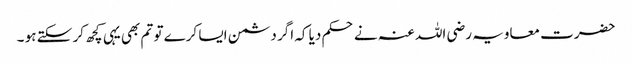
حضرت معاویہ رضی اللہ عنہ نے حکم دیا کہ اگر دشمن ایسا کرے تو تم بھی یہی کچھ کر سکتے ہو ۔